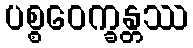
ပစ္စဝေက္ခန္တဿ